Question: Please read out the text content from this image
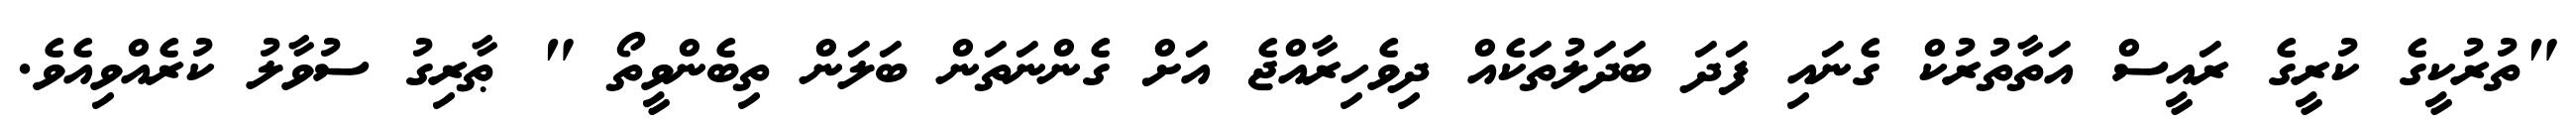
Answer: "ތުރުކީގެ ކުރީގެ ރައީސް އަތާތުރުކް ގެނައި ފަދަ ބަދަލުތަކެއް ދިވެހިރާއްޖެ އަށް ގެންނަތަން ބަލަން ތިބެންވީތޯ " ޠާރިގު ސުވާލު ކުރެއްވިއެވެ.